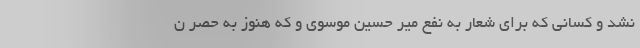
نشد و کسانی که برای شعار به نفع میر حسین موسوی و که هنوز به حصر ن